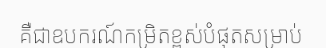
គឺជាឧបករណ៍កម្រិតខ្ពស់បំផុតសម្រាប់